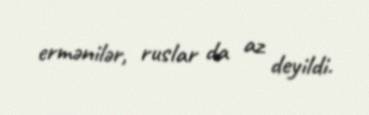
ermənilər, ruslar da az deyildi.